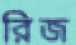
রিজ